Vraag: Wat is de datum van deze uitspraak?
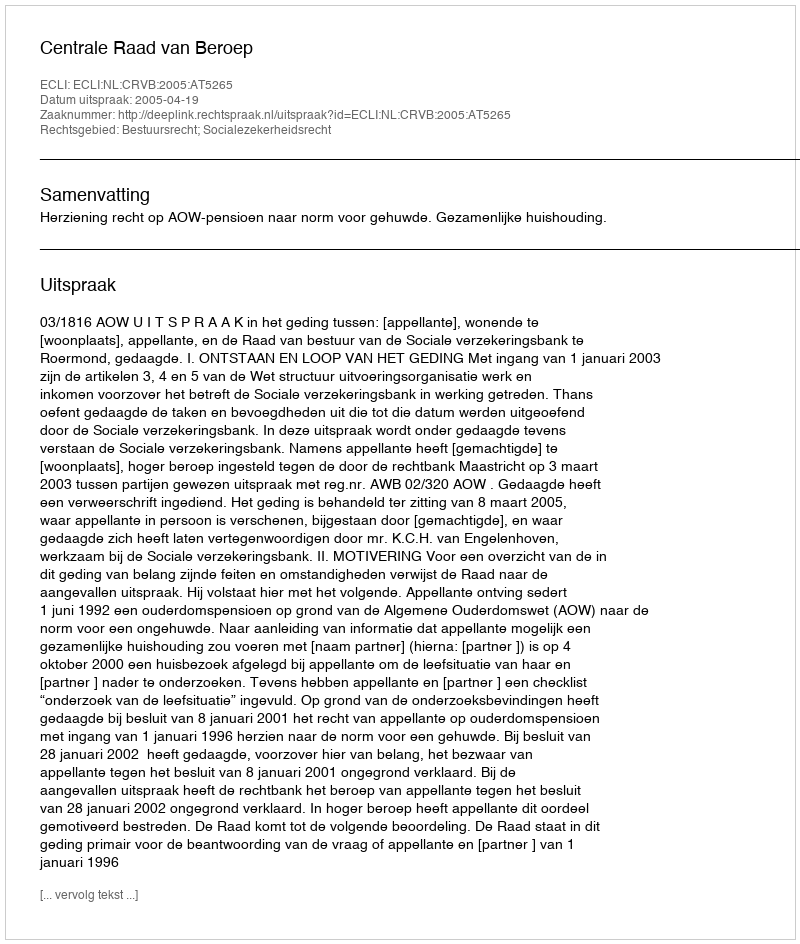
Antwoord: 2005-04-19